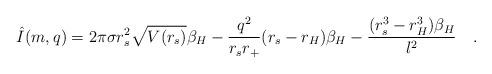
LaTeX: \begin{align*}\hat{I}(m,q) = 2\pi\sigma r_s^2\sqrt{V(r_s)}\beta_H -\frac{q^2}{r_s r_+}(r_s-r_H)\beta_H- \frac{(r_s^3-r_H^3)\beta_H}{\l^2} \quad .\end{align*}